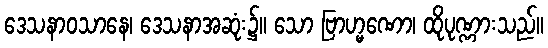
ဒေသနာဝသာနေ၊ ဒေသနာအဆုံး၌။ သော ဗြာဟ္မဏော၊ ထိုပုဏ္ဏားသည်။